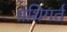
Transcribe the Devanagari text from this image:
ग्रंथिगर्त